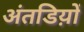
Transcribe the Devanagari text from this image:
अंतडिय़ों